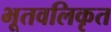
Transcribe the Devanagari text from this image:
भूतवलिकृत